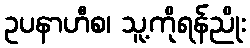
ဥပနာဟီစ၊ သူ့ကိုရန်ညိုး